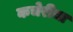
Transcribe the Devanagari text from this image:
कचेरीचा